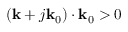
( \mathbf { k } + j \mathbf { k } _ { 0 } ) \cdot \mathbf { k } _ { 0 } > 0